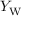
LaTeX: Y _ { \mathrm { W } }